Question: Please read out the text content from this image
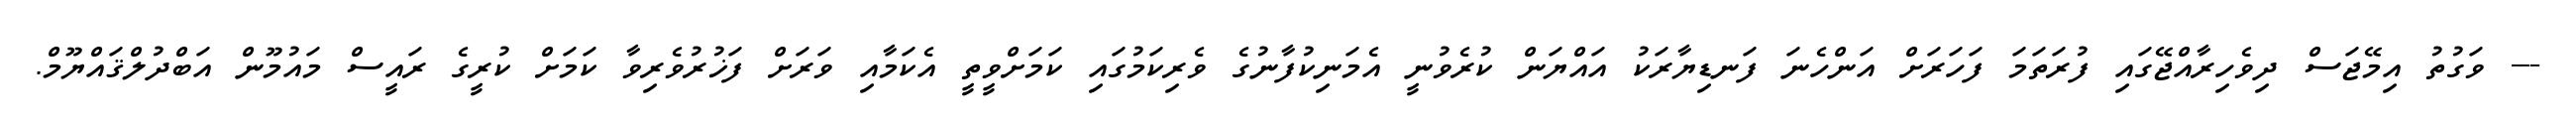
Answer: --- ވަގުތު އިމޭޖަސް ދިވެހިރާއްޖޭގައި ފުރަތަމަ ފަހަރަށް އަންހެނަ ފަނޑިޔާރަކު އައްޔަން ކުރެވުނީ އެމަނިކުފާނުގެ ވެރިކަމުގައި ކަމަށްވީތީ އެކަމާއި ވަރަށް ފަޚުރުވެރިވާ ކަމަށް ކުރީގެ ރައީސް މައުމޫން އަބްދުލްޤައްޔޫމް.